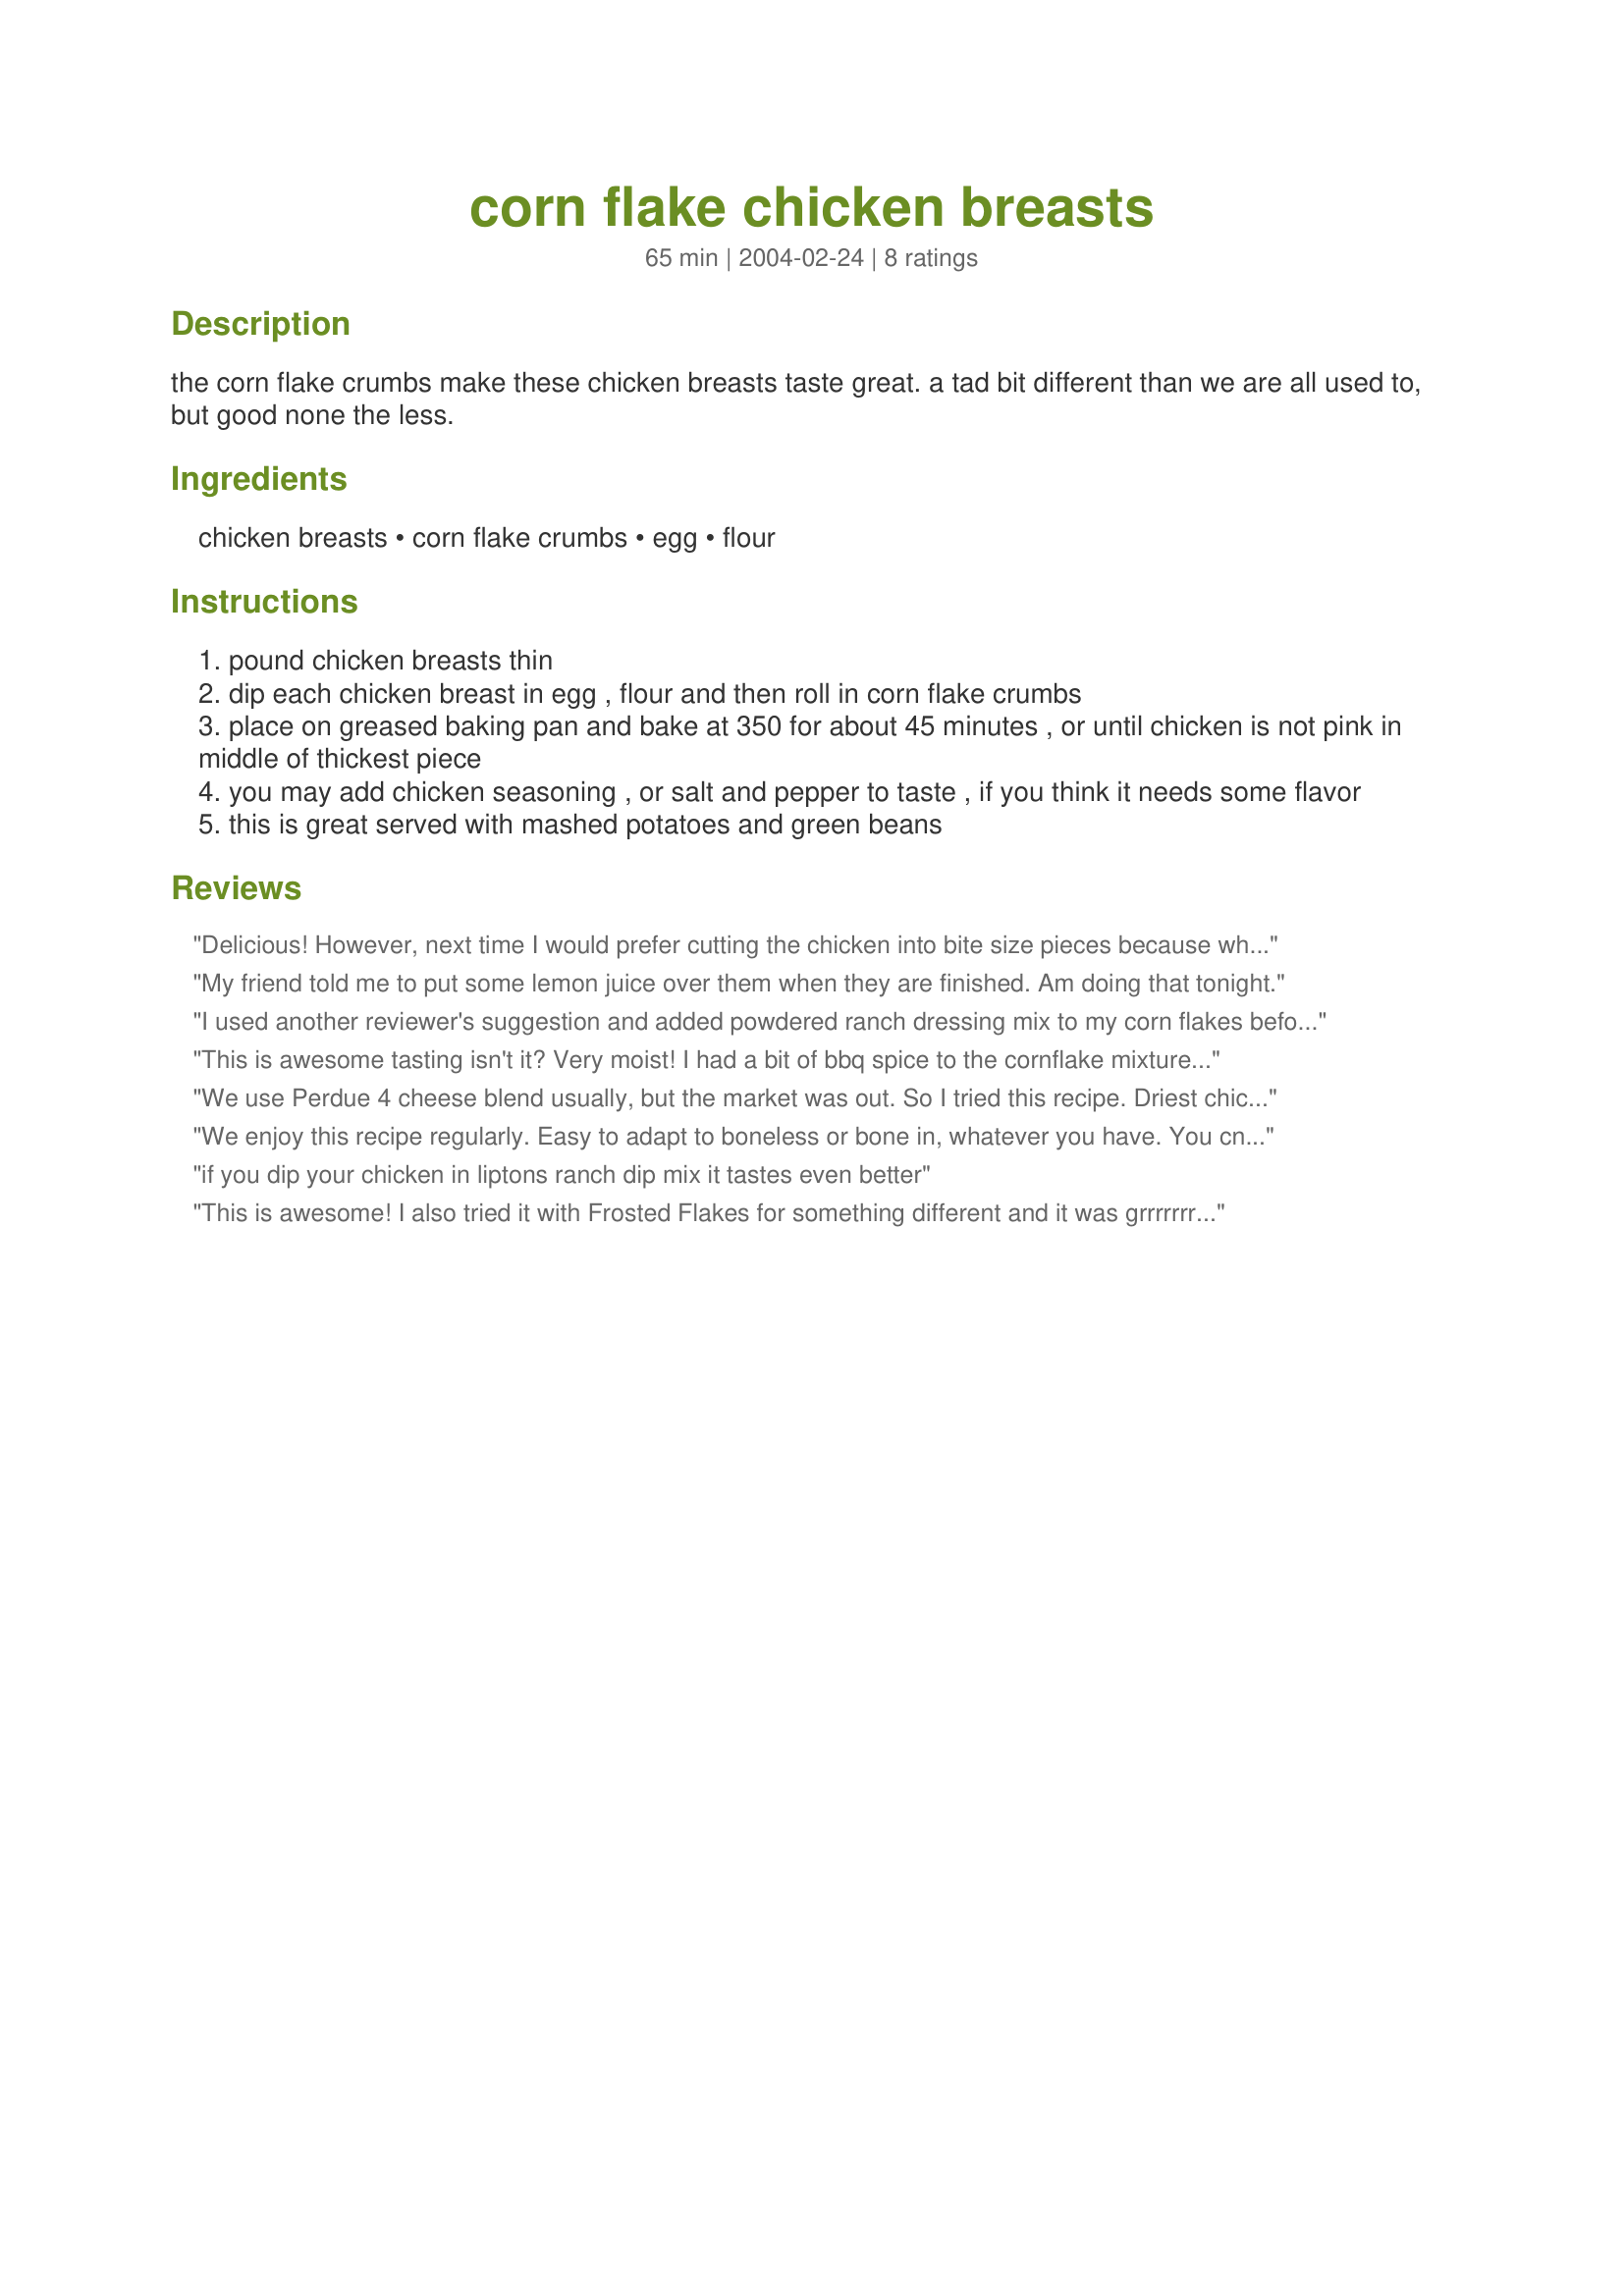
corn flake chicken breasts
Preparation time: 65 minutes

the corn flake crumbs make these chicken breasts taste great. a tad bit different than we are all used to, but good none the less.

Ingredients:
chicken breasts, corn flake crumbs, egg, flour

Steps:
pound chicken breasts thin
dip each chicken breast in egg , flour and then roll in corn flake crumbs
place on greased baking pan and bake at 350 for about 45 minutes , or until chicken is not pink in middle of thickest piece
you may add chicken seasoning , or salt and pepper to taste , if you think it needs some flavor
this is great served with mashed potatoes and green beans

Reviews:
Delicious! However, next time I would prefer cutting the chicken into bite size pieces because when cutting into the chicken, the breading just comes right off. I also added seasoning salt before putting it into the oven. Enjoyed this with some honey mustard and loved it. Will make again.
My friend told me to put some lemon juice over them when they are finished. Am doing that tonight.
I used another reviewer's suggestion and added powdered ranch dressing mix to my corn flakes before coating. I cut the chicken into "nugget" sized pieces to make it easier for my toddler to eat, and also cut down on the baking time some. The coating didn't stay on well (I shook it all together in a ziplock)& most of it fell off, even after being coated in egg and pressing the crumbs onto the chicken pieces. The flavor was nice with the ranch, though I think without it this would be pretty bland.
This is awesome tasting isn't it? Very moist! I had a bit of bbq spice to the cornflake mixture, YUM!
We use Perdue 4 cheese blend usually, but the market was out. So I tried this recipe. Driest chicken I&#039;ve ever tried. This would&#039;ve been fine at 25 minutes and no egg. Also, no need to beat the breast - it was even drier around the edge.we tossed almost half.
We enjoy this recipe regularly. Easy to adapt to boneless or bone in, whatever you have. You cna jazz it up by sprinkling some of your favoiite seasoning on the chicken before you start the breading. I use egg whites to cute the fat a bit. Crunchy and delicious!
if you dip your chicken in liptons ranch dip mix it tastes even better
This is awesome! I also tried it with Frosted Flakes for something different and it was grrrrrrreat! A little bit of a sweet taste but great!
